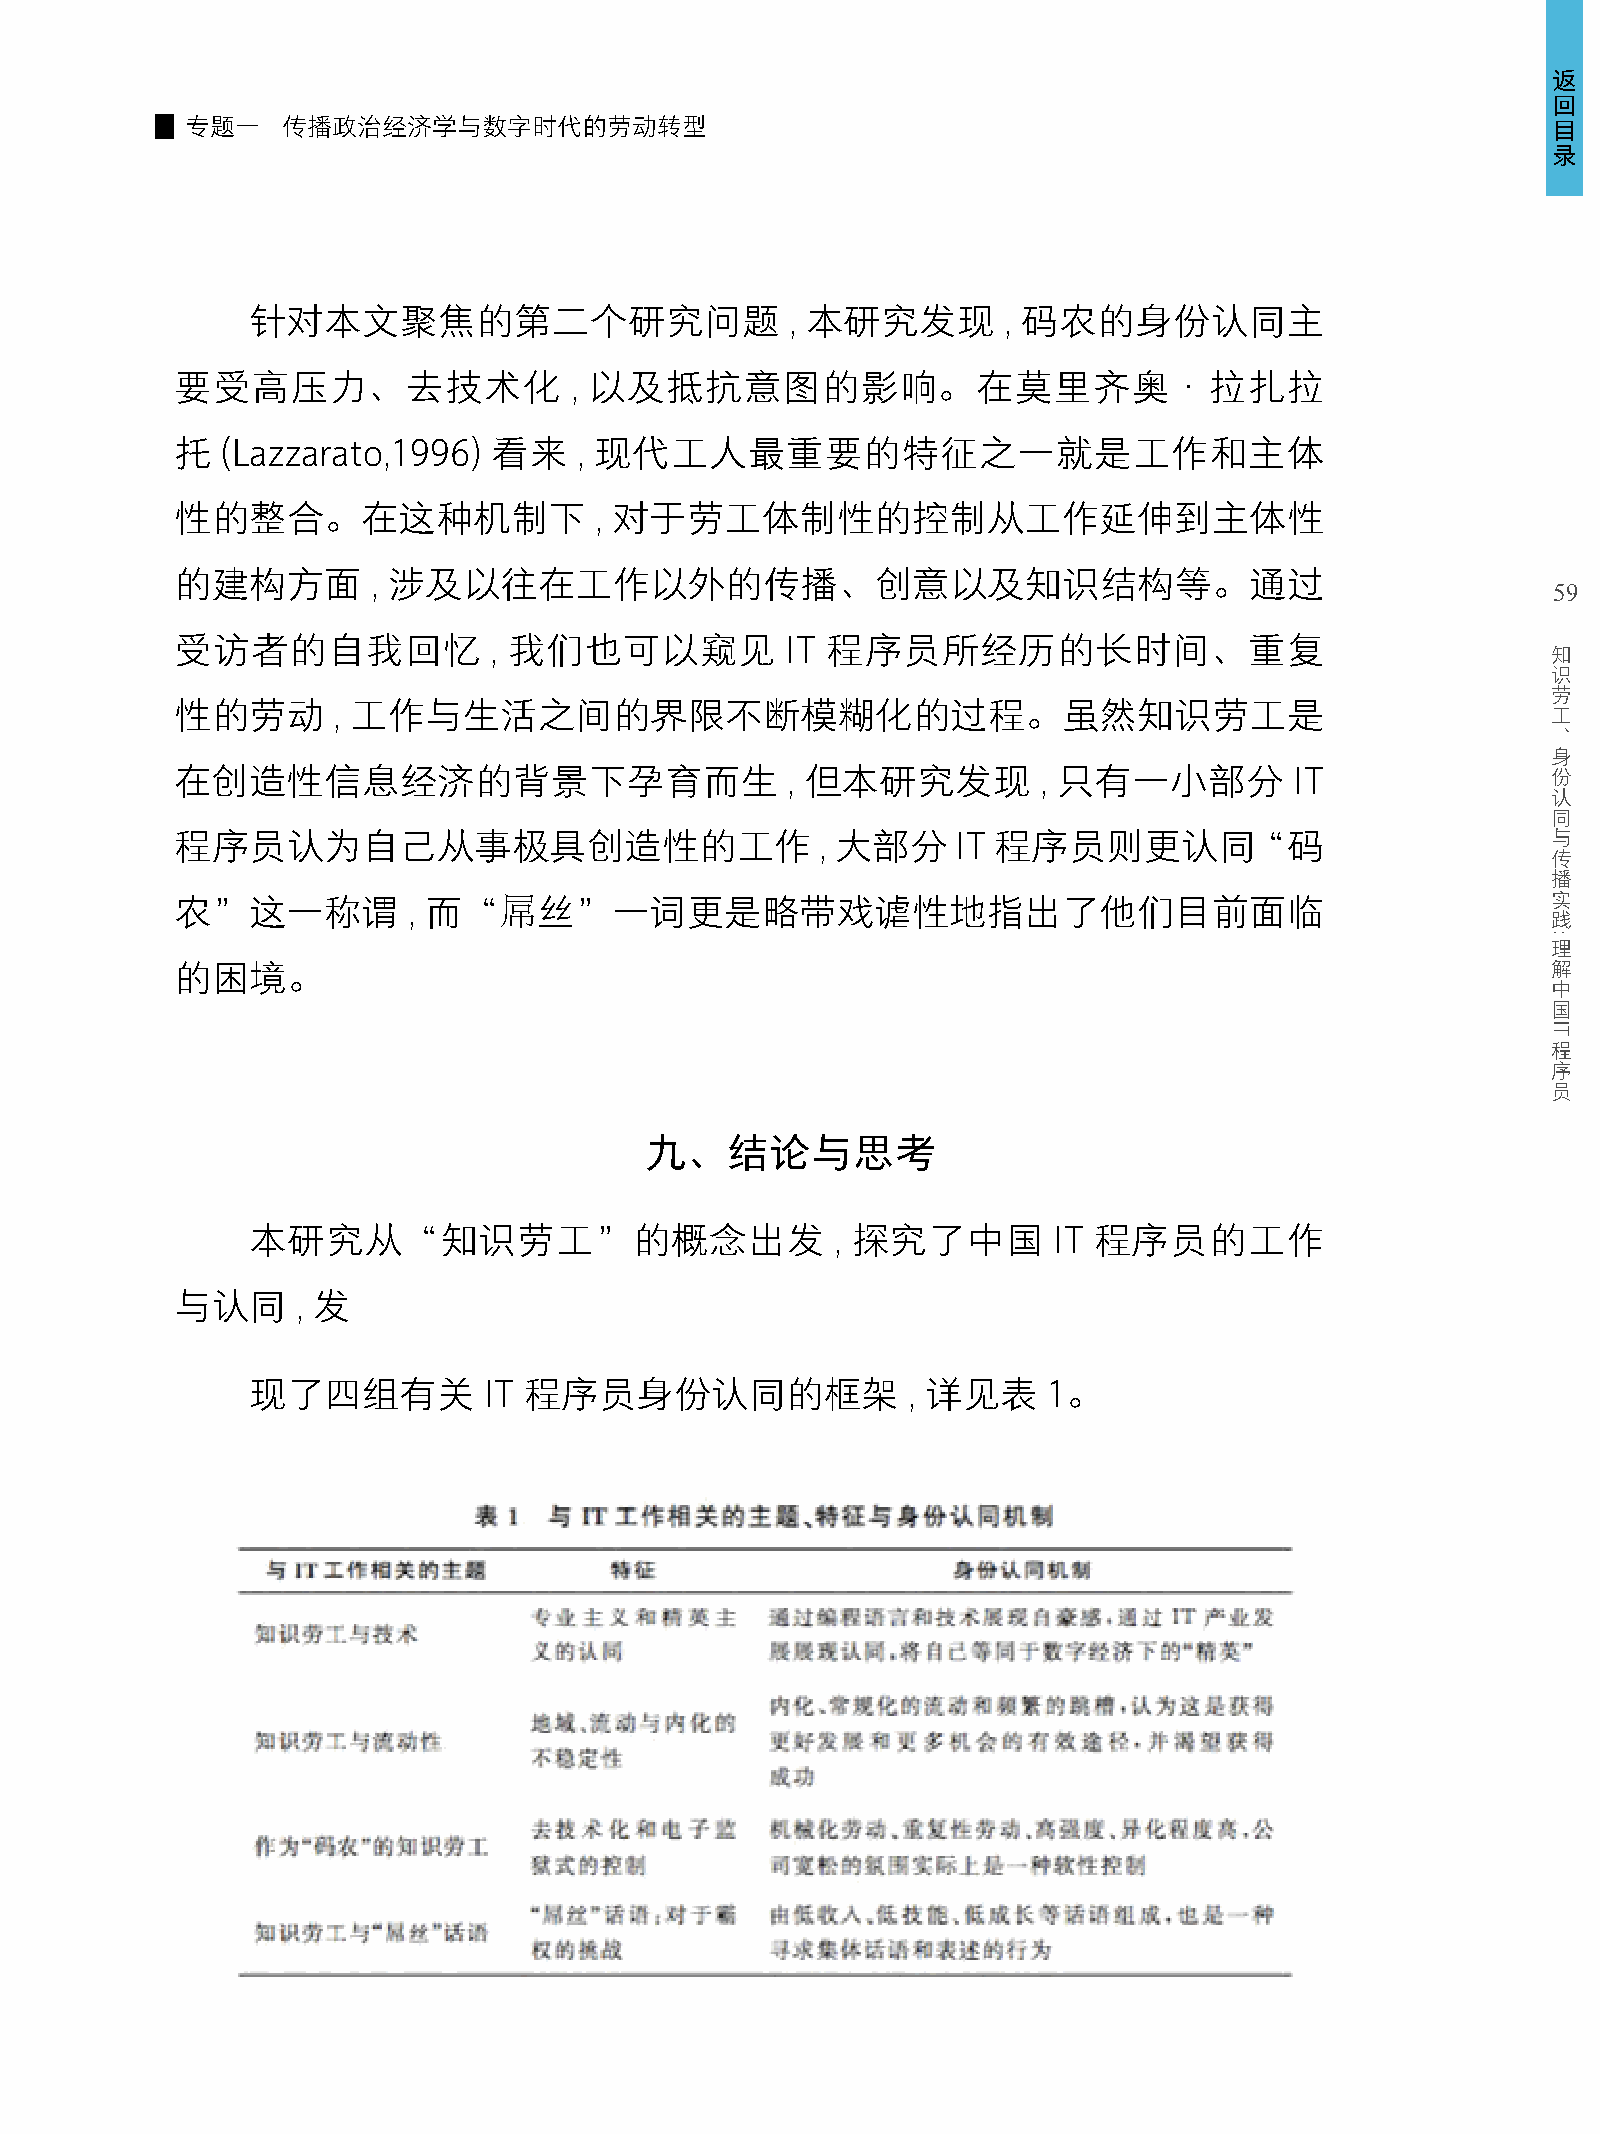
返
 回
 专题一    传播政治经济学与数字时代的劳动转型                                                                   目
 录
 针对本文聚焦的第二个研究问题                      , 本研究发现       , 码农的身份认同主
 要受高压力、去技术化                , 以及抵抗意图的影响。在莫里齐奥·拉扎拉
 托  (Lazzarato,1996)  看来   , 现代工人最重要的特征之一就是工作和主体
 性的整合。在这种机制下                , 对于劳工体制性的控制从工作延伸到主体性
 的建构方面        , 涉及以往在工作以外的传播、创意以及知识结构等。通过
 59
 受访者的自我回忆            , 我们也可以窥见           IT 程序员所经历的长时间、重复
 知
 识
 劳
 性的劳动      , 工作与生活之间的界限不断模糊化的过程。虽然知识劳工是                                                     工
 、
 身
 在创造性信息经济的背景下孕育而生                        , 但本研究发现         , 只有一小部分         IT               份
 认
 同
 与
 程序员认为自己从事极具创造性的工作                         , 大部分    IT 程序员则更认同“码
 传
 播
 实
 农”这一称谓         , 而“屌丝”一词更是略带戏谑性地指出了他们目前面临
 践
 理
 解
 的困境。
 中
 国
 程
 序
 员
 九、结论与思考
 本研究从“知识劳工”的概念出发                        , 探究了中国        IT 程序员的工作
 与认同     , 发
 现了四组有关          IT 程序员身份认同的框架               , 详见表    1。
 :
 IT